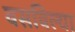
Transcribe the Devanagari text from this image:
वसविल्या